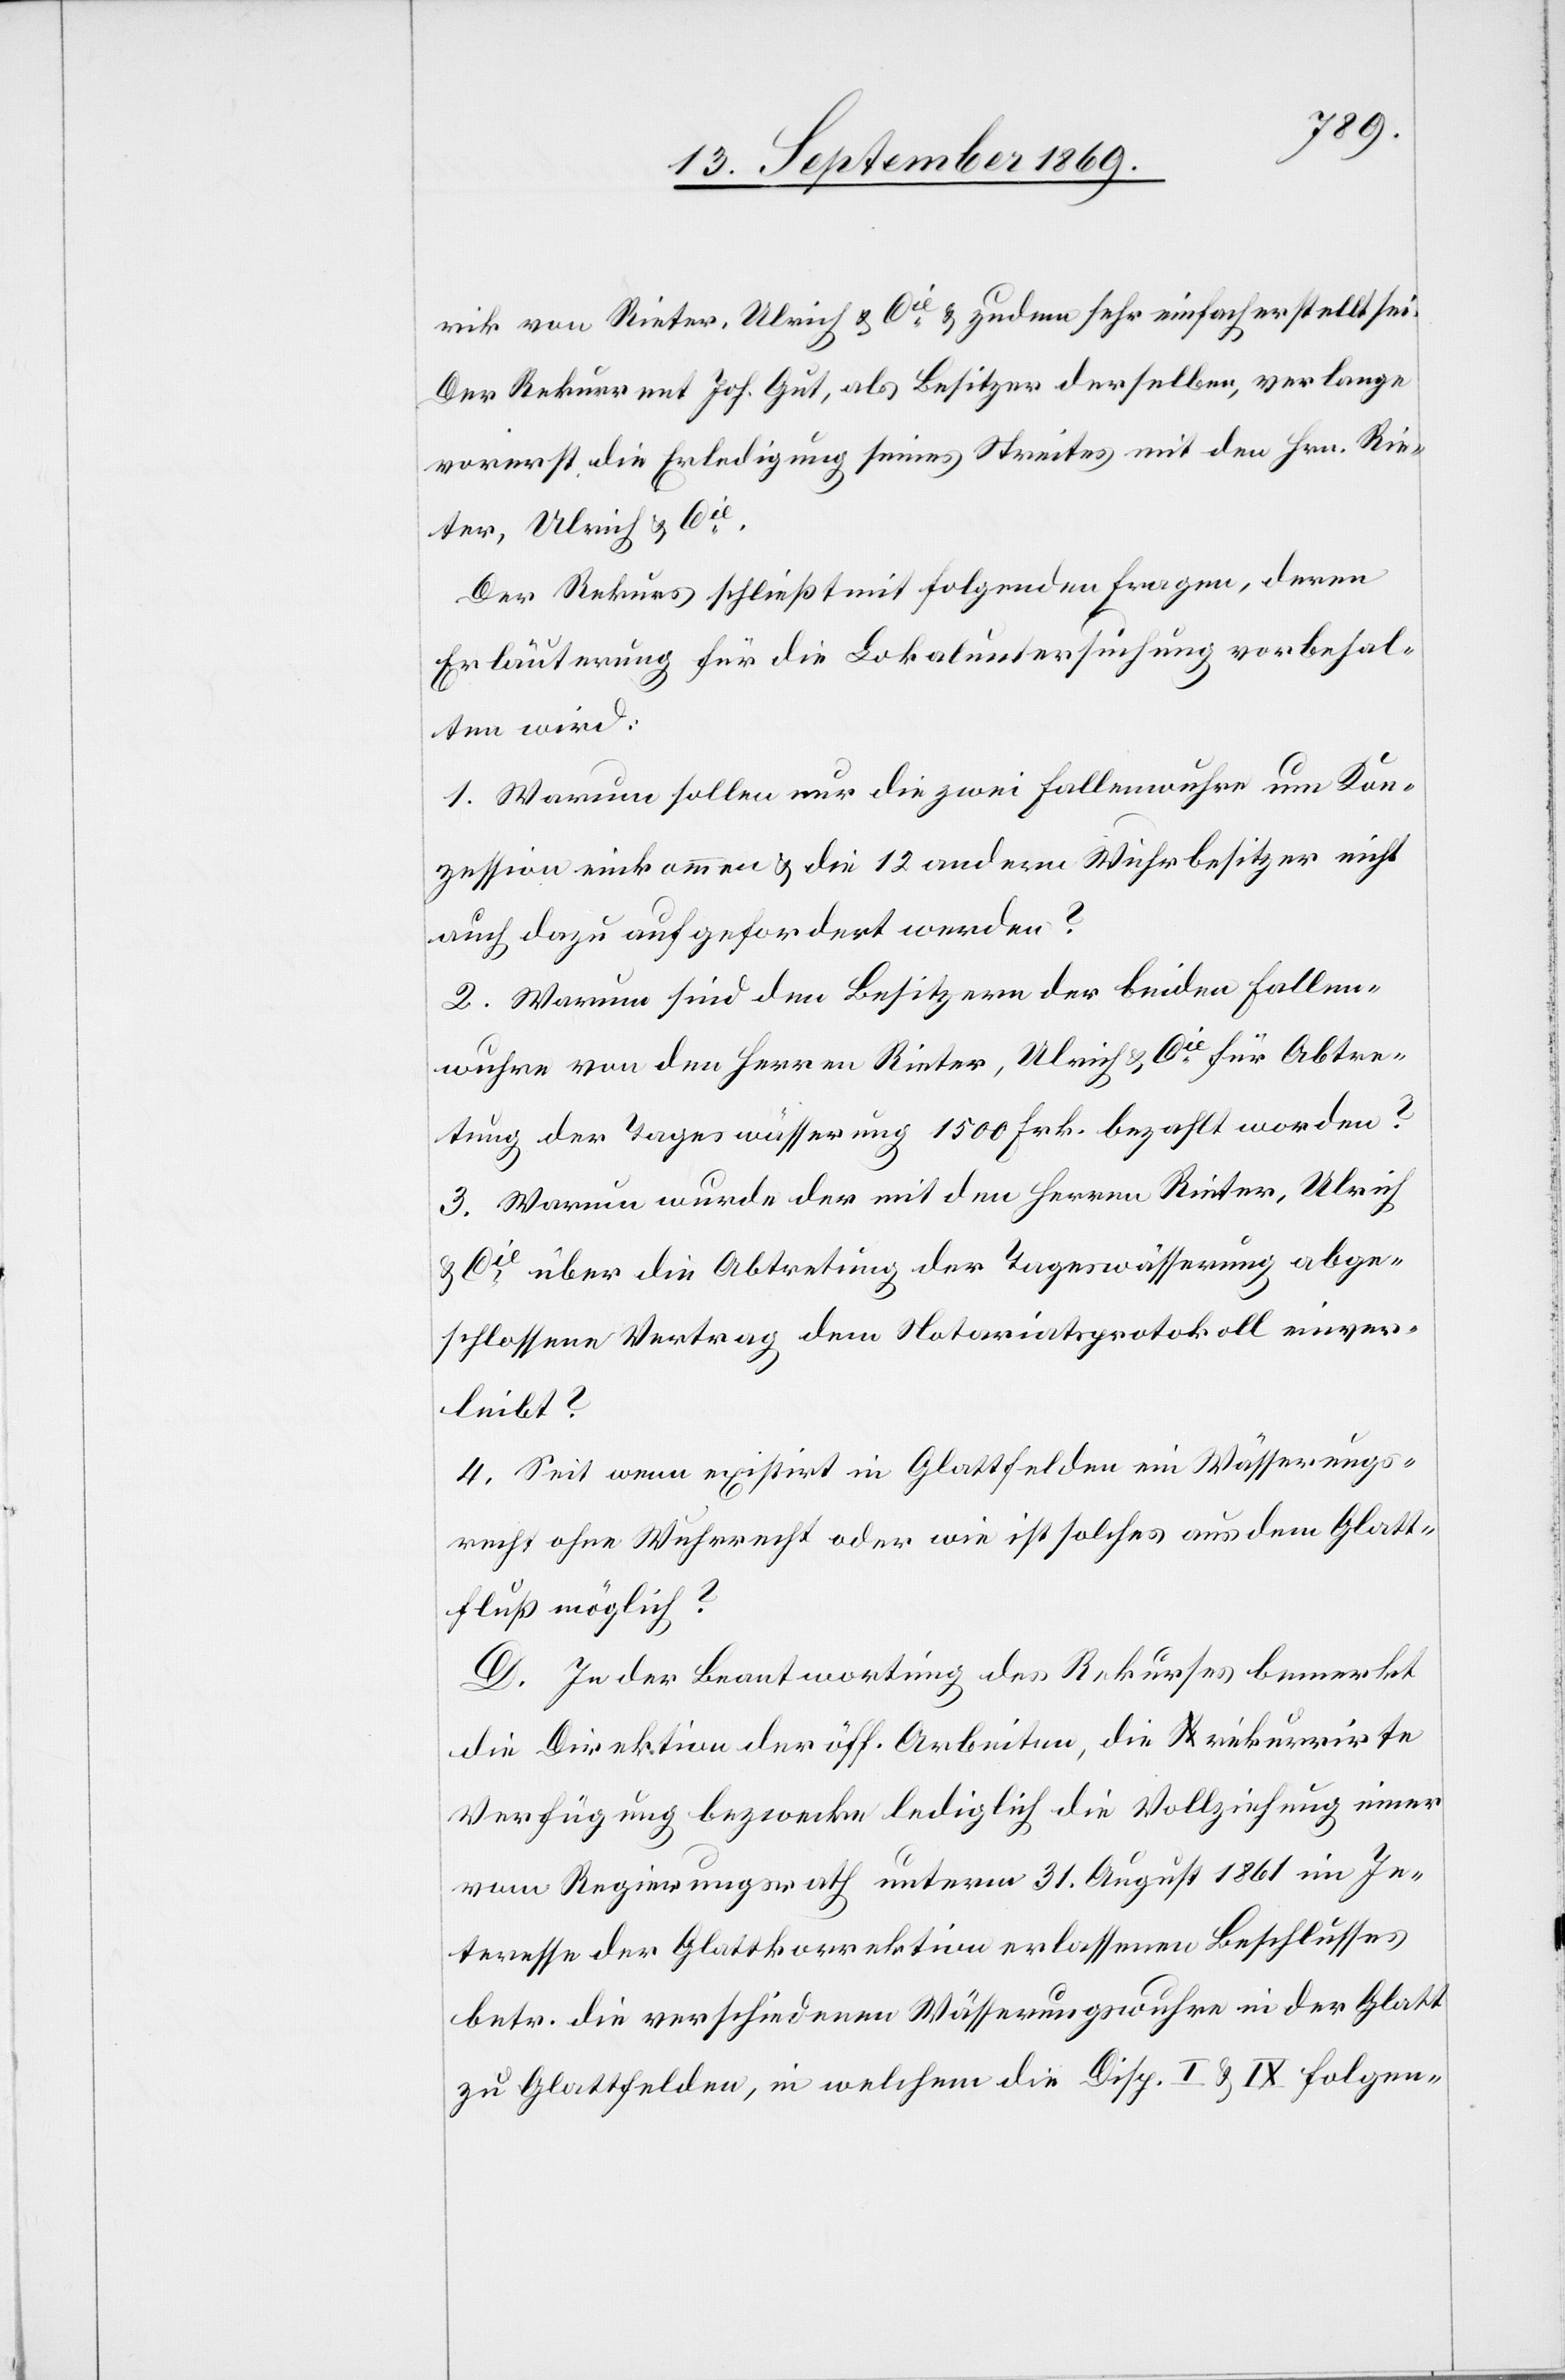
rik von Rieter, Ulrich & Cie & zudem sehr einfach erstellt sei.
Der Rekurrent Joh. Gut, als Besitzer derselben, verlange
vorerst die Erledigung seines Streites mit den Hrn. Rie¬
ter, Ulrich & Cie.
Der Rekurs schließt mit folgenden Fragen, deren
Erläuterung für die Lokaluntersuchung vorbehal¬
ten wird:
1. Warum sollen nur die zwei Fallenwuhre um Kon¬
zession einkommen & die 12 andern Wuhrbesitzer nicht
auch dazu aufgefordert werden?
2. Warum sind den Besitzern der beiden Fallen¬
wuhre von den Herren Rieter, Ulrich & Cie für Abtre¬
tung der Tageswässerung 1500 Frk. bezahlt worden?
3. Warum wurde der mit den Herren Rieter, Ulrich
& Cie über die Abtretung der Tageswässerung abge¬
schlossene Vertrag dem Notariatspotokoll einver¬
leibt?
4. Seit wenn [sic!] existirt in Glattfelden ein Wässerungs¬
recht ohne Wuhrrecht oder wie ist solches aus dem Glatt¬
fluß möglich?
D. In der Beantwortung des Rekurses bemerkt
die Direktion der öff. Arbeiten, die rekurrirte
Verfügung bezwecke lediglich die Vollziehung einer
vom Regierungsrath unterm 31. August 1861 im In¬
teresse der Glattkorrektion erlassenen Beschlusses
betr. die verschiedenen Wässerungswuhre in der Glatt
zu Glattfelden, in welchem die Disp. I & IX. folgen-